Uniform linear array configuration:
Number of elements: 24
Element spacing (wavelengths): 0.25
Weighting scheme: binomial
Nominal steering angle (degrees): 30
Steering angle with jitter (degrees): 30.466
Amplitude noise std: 0.05
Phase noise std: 0.05

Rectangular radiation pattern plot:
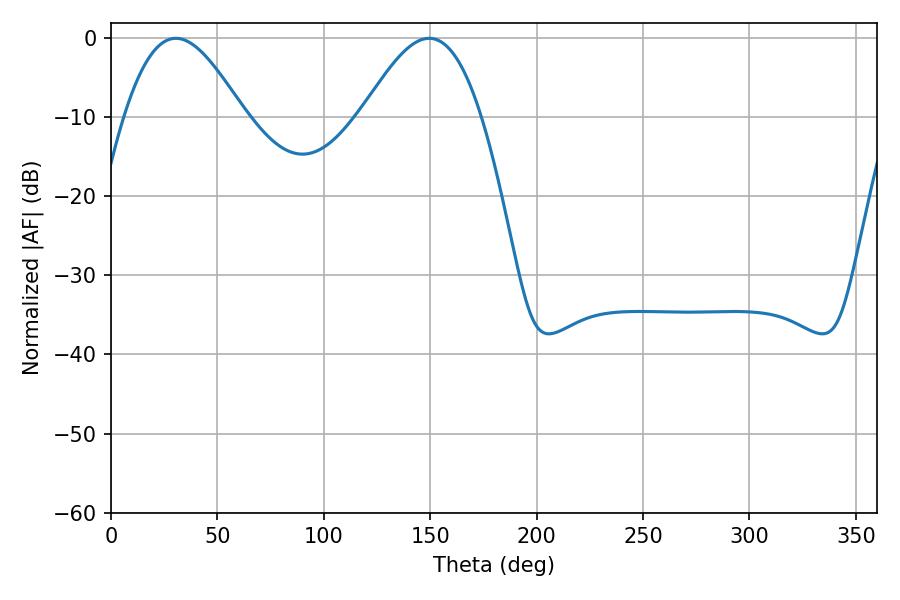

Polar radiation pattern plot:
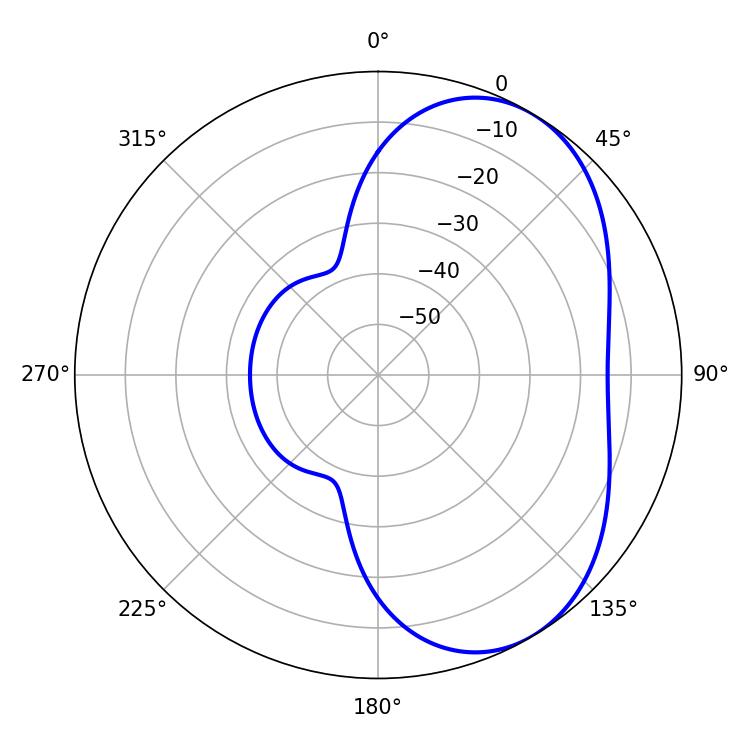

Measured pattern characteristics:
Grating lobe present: FALSE
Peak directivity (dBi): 4.936
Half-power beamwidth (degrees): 30.24
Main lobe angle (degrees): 30.42